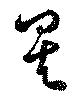
矣